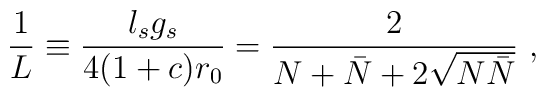
\frac{1}{L} \equiv \frac{l_s g_s}{4 (1 + c) r_0} =   \frac{2}{N + \bar{N} + 2 \sqrt{N\bar{N}}} ~,